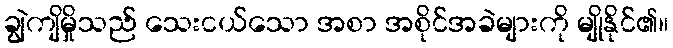
ချွဲကျိမှိုသည် သေးငယ်သော အစာ အစိုင်အခဲများကို မျိုနိုင်၏။